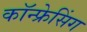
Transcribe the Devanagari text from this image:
कॉन्फ्रेसिंग